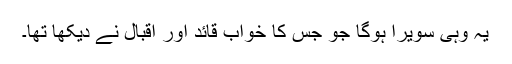
یہ وہی سویرا ہوگا جو جس کا خواب قائد اور اقبال نے دیکھا تھا۔